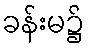
ခန်းမ၌